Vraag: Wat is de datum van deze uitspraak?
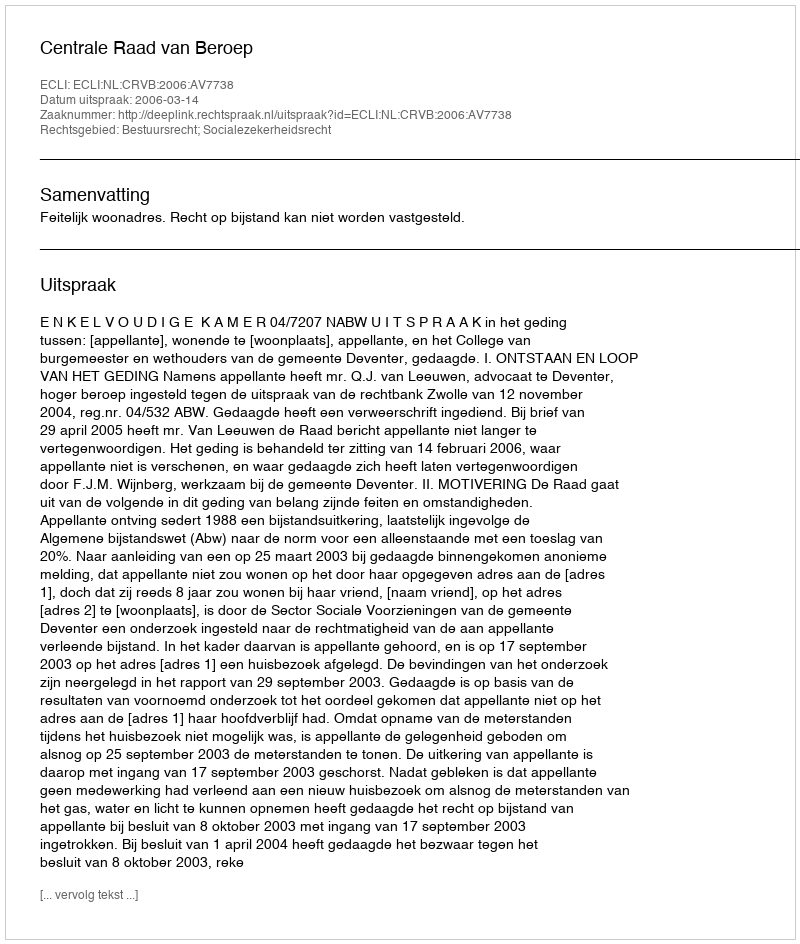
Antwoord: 2006-03-14